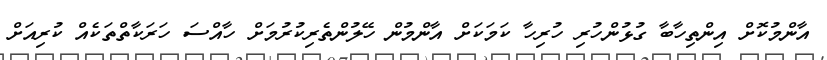
އާންމުކޮށް އިންތިހާބާ ގުޅުންހުރި ހުރިހާ ކަމަކަށް އާންމުން ހޭލުންތެރިކުރުމަށް ހާއްސަ ހަރަކާތްތަކެއް ކުރިއަށް